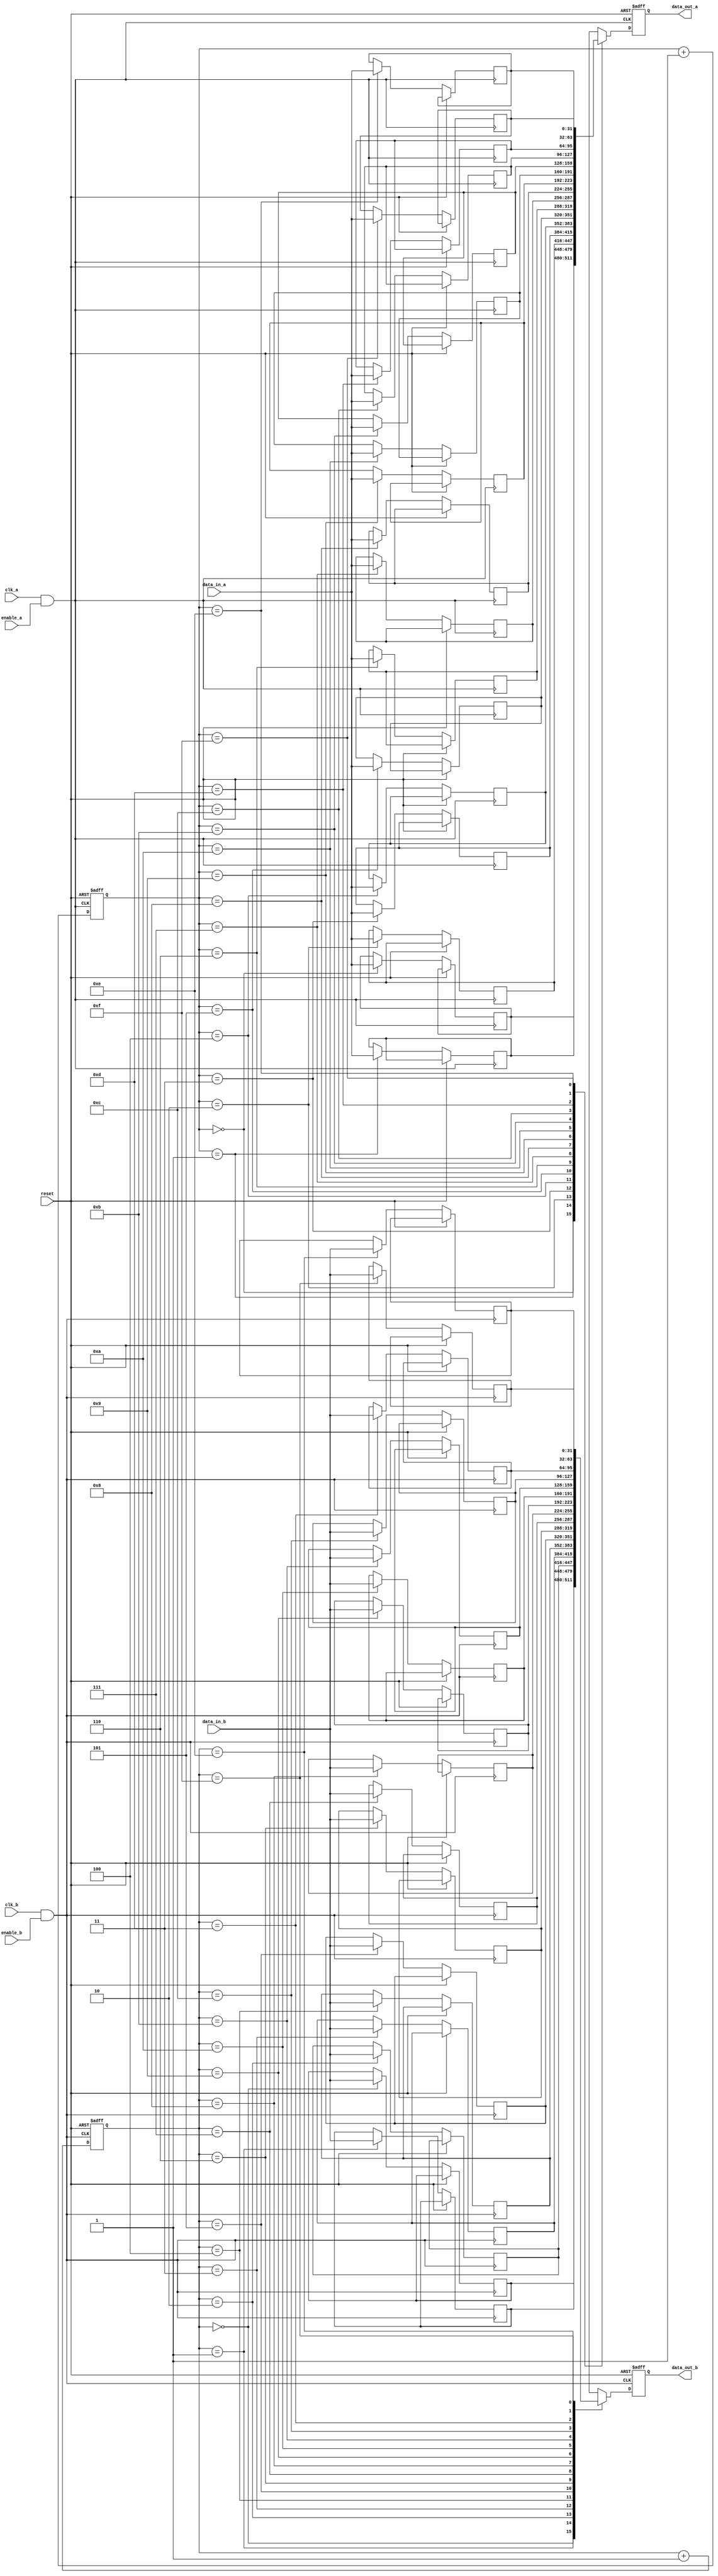
module memory_block_gating (
    input wire clk_a,          // Clock for domain A
    input wire clk_b,          // Clock for domain B
    input wire enable_a,       // Enable signal for clock domain A
    input wire enable_b,       // Enable signal for clock domain B
    input wire reset,          // Reset signal
    input wire [31:0] data_in_a, // Data input for domain A
    input wire [31:0] data_in_b, // Data input for domain B
    output reg [31:0] data_out_a, // Data output for domain A
    output reg [31:0] data_out_b  // Data output for domain B
);

// Gated clock signals
wire gated_clk_a;
wire gated_clk_b;

// Clock gating logic
assign gated_clk_a = clk_a & enable_a; // AND gate for clock gating
assign gated_clk_b = clk_b & enable_b; // AND gate for clock gating

// Memory registers for domain A
reg [31:0] mem_a [0:15]; // 16 x 32-bit memory for domain A
reg [3:0] addr_a;        // Address for domain A

// Memory registers for domain B
reg [31:0] mem_b [0:15]; // 16 x 32-bit memory for domain B
reg [3:0] addr_b;        // Address for domain B

// Write and read operations for domain A
always @(posedge gated_clk_a or posedge reset) begin
    if (reset) begin
        data_out_a <= 32'b0; // Reset output
    end else begin
        mem_a[addr_a] <= data_in_a; // Write operation
        data_out_a <= mem_a[addr_a]; // Read operation
    end
end

// Write and read operations for domain B
always @(posedge gated_clk_b or posedge reset) begin
    if (reset) begin
        data_out_b <= 32'b0; // Reset output
    end else begin
        mem_b[addr_b] <= data_in_b; // Write operation
        data_out_b <= mem_b[addr_b]; // Read operation
    end
end

// Address control logic (for demonstration purposes)
always @(posedge gated_clk_a or posedge reset) begin
    if (reset) begin
        addr_a <= 4'b0; // Reset address
    end else begin
        addr_a <= addr_a + 1; // Increment address
    end
end

always @(posedge gated_clk_b or posedge reset) begin
    if (reset) begin
        addr_b <= 4'b0; // Reset address
    end else begin
        addr_b <= addr_b + 1; // Increment address
    end
end

endmodule